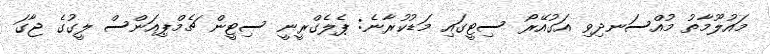
މައުލޫމާތު މުއްސަނދިވި އަގުއޭރޯ ސިޓީގައި މަޑުކުރާނެ: ޕެލެގްރީނީ ސިޓީން ޗެމްޕިއަންސް ލީގުގެ ޖާގަ